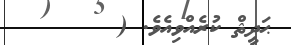
ޙަދީޘް ކުރެއްވިއެވެ. (